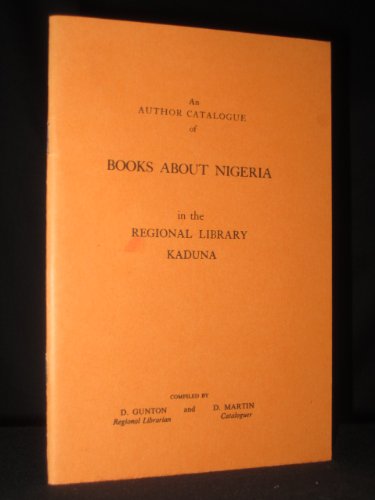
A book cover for An Author Catalogue of Books About Nigeria in the Regional Library Kaduna; D. Gunton / D. Martin; Travel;